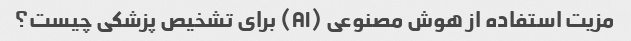
مزیت استفاده از هوش مصنوعی (AI) برای تشخیص پزشکی چیست؟